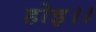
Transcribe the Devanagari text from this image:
होइ।।